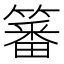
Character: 䉒